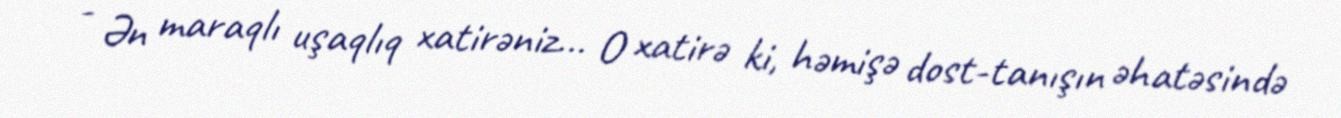
- Ən maraqlı uşaqlıq xatirəniz... O xatirə ki, həmişə dost-tanışın əhatəsində